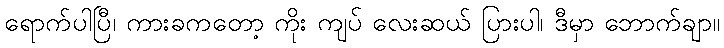
ရောက်ပါပြီ၊ ကားခကတော့ ကိုး ကျပ် လေးဆယ် ပြားပါ၊ ဒီမှာ ဘောက်ချာ။